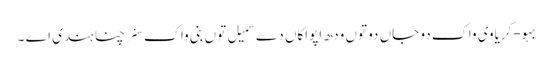
بہو-کریاوی واک دو جاں دو توں ودھ اپواکاں دے سمیل توں بنی واک سنرچنا ہندی اے ۔